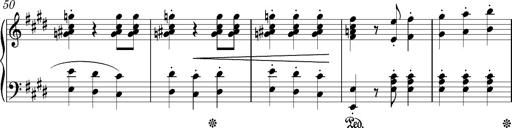
Title: Valses oubliÃ©es
Composer: Franz Liszt